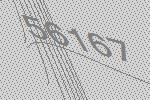
56167